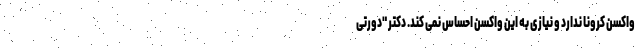
واکسن کرونا ندارد و نیازی به این واکسن احساس نمی کند. دکتر "دورتی